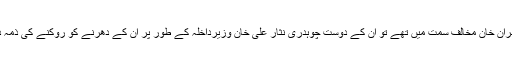
دھرنے میں عمران خان مخالف سمت میں تھے تو ان کے دوست چوہدری نثار علی خان وزیرِداخلہ کے طور پر ان کے دھرنے کو روکنے کی ذمہ داری پر مامور۔